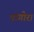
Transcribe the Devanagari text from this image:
पांगीरा